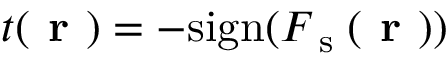
t ( \textbf { r } ) = - { \mathrm { s i g n } } ( { \cal F } _ { \textrm { s } } ( \textbf { r } ) )